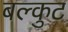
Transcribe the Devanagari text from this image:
बल्कुट